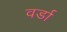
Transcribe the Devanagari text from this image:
वर्डा